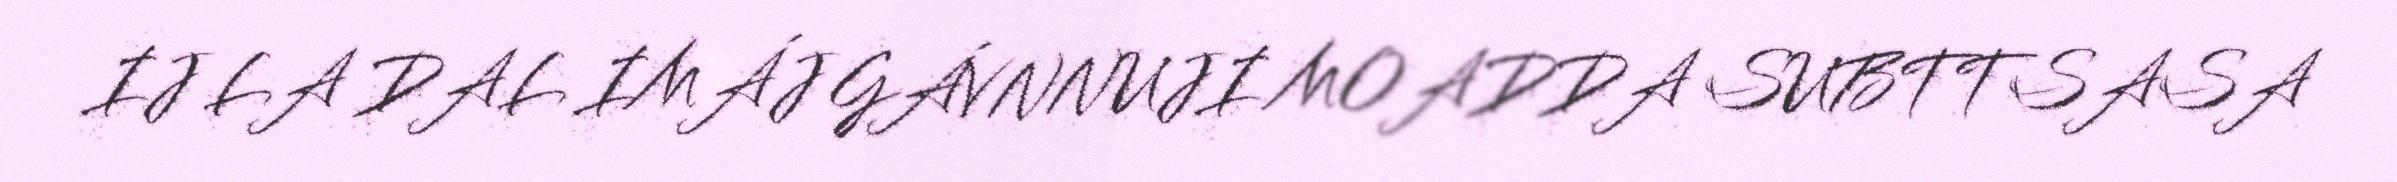
IJ LA DAL IMÁJ GÁVNNUJI MOADDA SUBTTSASA